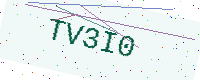
Text: TV3I0